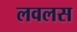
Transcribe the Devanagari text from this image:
लवलस